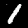
Label: 1